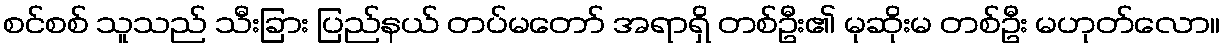
စင်စစ် သူသည် သီးခြား ပြည်နယ် တပ်မတော် အရာရှိ တစ်ဦး၏ မုဆိုးမ တစ်ဦး မဟုတ်လော။